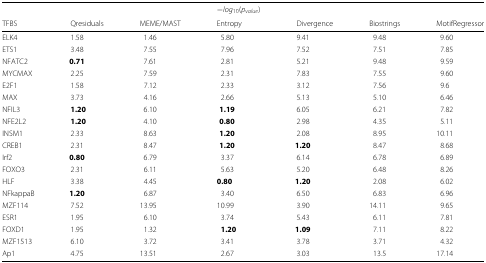
<table><thead><tr><td></td><td></td><td></td><td><b>−<i>l</i><i>o</i><i>g</i><sub>10</sub>(<i>p</i><sub><i>value</i></sub>)</b></td><td></td><td></td><td></td></tr><tr><td><b>TFBS</b></td><td><b>Qresiduals</b></td><td><b>MEME/MAST</b></td><td><b>Entropy</b></td><td><b>Divergence</b></td><td><b>Biostrings</b></td><td><b>MotifRegressor</b></td></tr></thead><tbody><tr><td>ELK4</td><td>1.58</td><td>1.46</td><td>5.80</td><td>9.41</td><td>9.48</td><td>9.60</td></tr><tr><td>ETS1</td><td>3.48</td><td>7.55</td><td>7.96</td><td>7.52</td><td>7.51</td><td>7.85</td></tr><tr><td>NFATC2</td><td><b>0.71</b></td><td>7.61</td><td>2.81</td><td>5.21</td><td>9.48</td><td>9.59</td></tr><tr><td>MYCMAX</td><td>2.25</td><td>7.59</td><td>2.31</td><td>7.83</td><td>7.55</td><td>9.60</td></tr><tr><td>E2F1</td><td>1.58</td><td>7.12</td><td>2.33</td><td>3.12</td><td>7.56</td><td>9.6</td></tr><tr><td>MAX</td><td>3.73</td><td>4.16</td><td>2.66</td><td>5.13</td><td>5.10</td><td>6.46</td></tr><tr><td>NFIL3</td><td><b>1.20</b></td><td>6.10</td><td><b>1.19</b></td><td>6.05</td><td>6.21</td><td>7.82</td></tr><tr><td>NFE2L2</td><td><b>1.20</b></td><td>4.10</td><td><b>0.80</b></td><td>2.98</td><td>4.35</td><td>5.11</td></tr><tr><td>INSM1</td><td>2.33</td><td>8.63</td><td><b>1.20</b></td><td>2.08</td><td>8.95</td><td>10.11</td></tr><tr><td>CREB1</td><td>2.31</td><td>8.47</td><td><b>1.20</b></td><td><b>1.20</b></td><td>8.47</td><td>8.68</td></tr><tr><td>Irf2</td><td><b>0.80</b></td><td>6.79</td><td>3.37</td><td>6.14</td><td>6.78</td><td>6.89</td></tr><tr><td>FOXO3</td><td>2.31</td><td>6.11</td><td>5.63</td><td>5.20</td><td>6.48</td><td>8.26</td></tr><tr><td>HLF</td><td>3.38</td><td>4.45</td><td><b>0.80</b></td><td><b>1.20</b></td><td>2.08</td><td>6.02</td></tr><tr><td>NFkappaB</td><td><b>1.20</b></td><td>6.87</td><td>3.40</td><td>6.50</td><td>6.83</td><td>6.96</td></tr><tr><td>MZF114</td><td>7.52</td><td>13.95</td><td>10.99</td><td>3.90</td><td>14.11</td><td>9.65</td></tr><tr><td>ESR1</td><td>1.95</td><td>6.10</td><td>3.74</td><td>5.43</td><td>6.11</td><td>7.81</td></tr><tr><td>FOXD1</td><td>1.95</td><td>1.32</td><td><b>1.20</b></td><td><b>1.09</b></td><td>7.11</td><td>8.22</td></tr><tr><td>MZF1513</td><td>6.10</td><td>3.72</td><td>3.41</td><td>3.78</td><td>3.71</td><td>4.32</td></tr><tr><td>Ap1</td><td>4.75</td><td>13.51</td><td>2.67</td><td>3.03</td><td>13.5</td><td>17.14</td></tr></tbody></table>